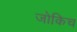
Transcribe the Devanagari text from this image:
जोकिच